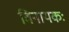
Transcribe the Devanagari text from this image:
विनायकः